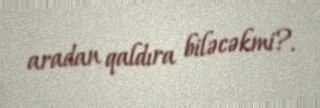
aradan qaldıra biləcəkmi?.